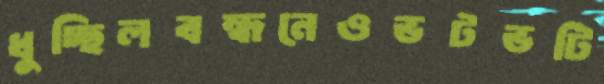
ধুচ্ছিলবন্ধনেওভটভটি